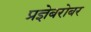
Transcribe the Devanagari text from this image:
प्रज्ञेबरोबर